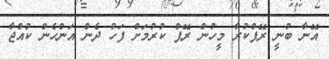
އޭނާ ބުނީ ރޭޕްކުރާ މީހުން ރޭޕް ކުރުމަށް ފަހު ދެން އަންހެން ކުއްޖާ